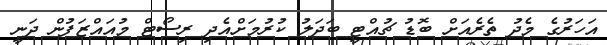
އަހަރުގެ މެދު ތެރެއަށް ބޮޑު ޗުއްޓީ ބަދަލު ކުރުމަށްއެދި ރިސޯޓް މުއައްޒަފުން ދަނީ